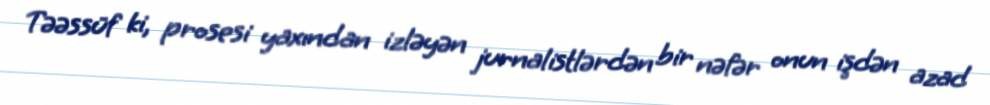
Təəssüf ki, prosesi yaxından izləyən jurnalistlərdən bir nəfər onun işdən azad